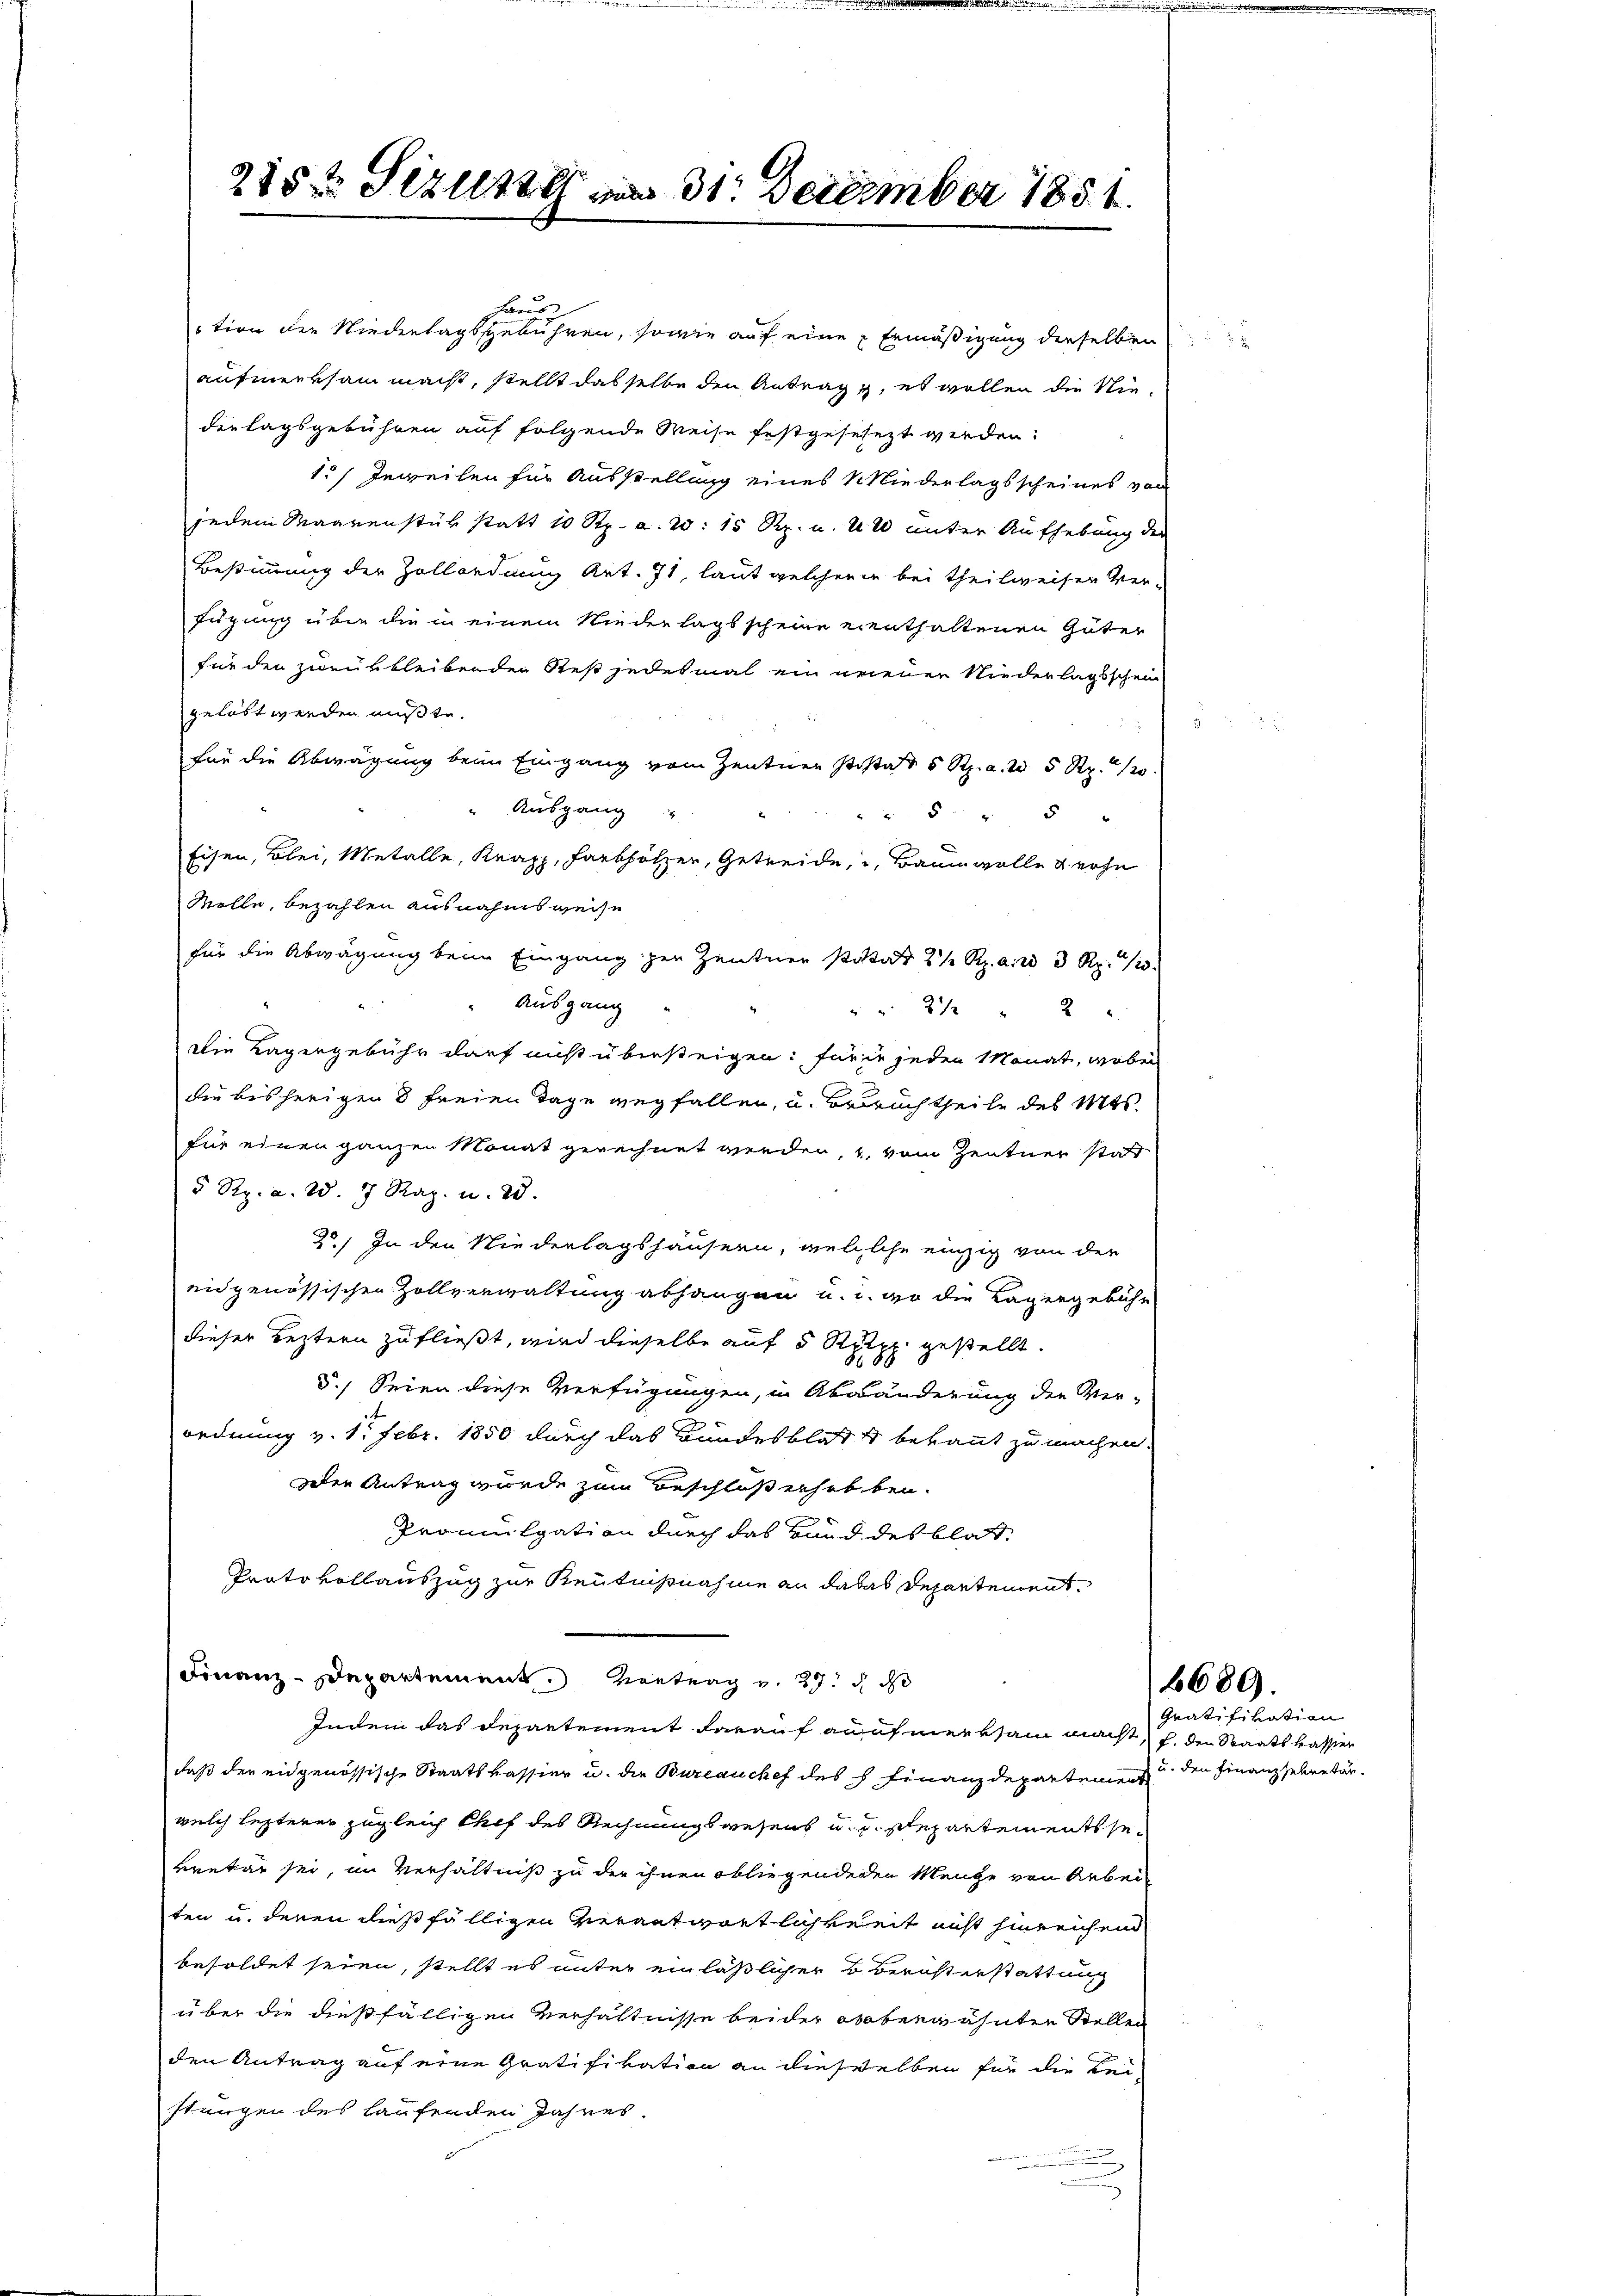
haus
tion der Niederlagssgebühren, sowie auf eine Ermäßigung derselben
aufmerksam macht, stellt dasselbe den Antrage, es wollen die Niederlagsgebühren auf folgende Weise festgesehezt werden:
1.) Inweilen für Ausstellung eines Wiederlagsscheines von
jedem Maarenstük statt 10 Rp. a. W. 15 Rp. u. 420 unter Aufhebung der
Bestimmung der Zollordnung Art. 71, laut welcheren bei Theilweiser Verfügung über die in einem Niederlagsscheine eienthaltenen Güter
für den zurükbleibenden Rest jedesmal ein neuen Niederlagsschein
gelast werden mußte.

für die Abwägung beim Eingang vom Zentner Posta 5 Rp. a. 25 Rp. 1.
" Ausgang
25 " 5
Eisen, Blei, Metalle, Krapp, Farbhölzer, Getreide, u. Baumwolle & ohn
Molle, bezahlen ausnahmsweise
für die Abwägung beim Eingang zur Zentner Postatt 2 1/2 Rp. a. 2 3 Rp. 120
Ausgang
" " 212 " 2 "
Die Lagergebühr darf nicht übersteigen: für in jeden Monat, wobei
die bisherigen 8 freien Tage wegfallen, u. Bruchtheile des Misfür einen ganzen Monat gerechnet werden, 1, vom Zentner statt
5 Rp. a. W. 7 Raz. u. 28.
20.) In den Niederlagshäusern, welche einzig von der
eidgenössischen Zollverwaltung abhangen u. u. der die Lagergebühr
dieser Leztern zufließt, wird dieselbe auf 5 Rippe gestellt.
5.) Seien diese Verfügungen, in Abänderung der Ver-
ordnung v. 1. Febr. 1850 durch das Bundesblat & bekannt zu machen.
oder Antrag wurde zum Beschloß erhob bei.
Promulgation durch das Bund des blat¬
Prato vollauszug zur Kenntnißnahme an da das Departement
Finanz-Departement. Vortrag v. 27. d
Indem das Departement darauf anahmer kain maist, s. den Staatskasser
daß der eidgenössische Staatskassier u. die Bureauchef des h Finanzdepartement
welch lezterer zugleich Chef des Rechnungswesens u. u. Repartementssekretär sei, im Verhältniß zu der ihnen obliegendenen Menge von Arbeiten u. deren dießfälligen Verantwortlichkeit nicht hinreichen
besoldet seien, stellt es unter einläßlicher B. Berüsterstattung
über die dießfälligen Verhältnisse beider obberwähnten Stellen
den Antrag auf eine Gratifikation an dieselben für die Lei
stungen des laufenden Jahres.

215t Sezuste am 31. December 1851.

.

Gratifikation
u. den Finanzelne tär.

6689.